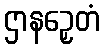
ဌာနဉှေတံ